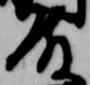
殿